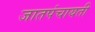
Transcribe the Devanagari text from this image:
जातपंचायती